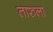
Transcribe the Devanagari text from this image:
तारुला